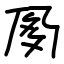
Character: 㚉